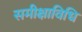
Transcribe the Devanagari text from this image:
समीक्षाविधि